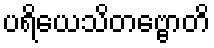
ပရိယေသိတဗ္ဗောတိ